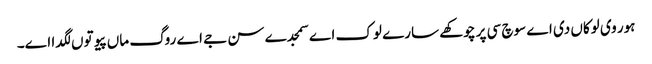
ہور وی لوکاں دی اے سوچ سی پر چوکھے سارے لوک اے سمجدے سن جے اے روگ ماں پیو توں لگدا اے۔